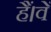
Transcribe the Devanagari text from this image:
हैं।वें